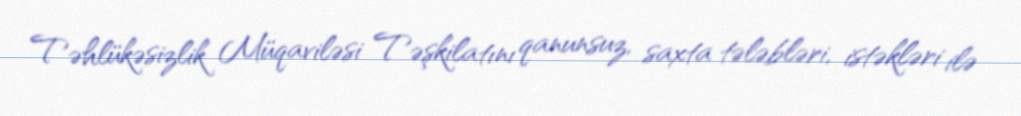
Təhlükəsizlik Müqaviləsi Təşkilatını qanunsuz, saxta tələbləri, istəkləri ilə